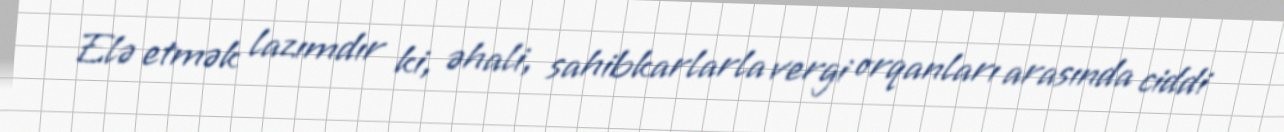
Elə etmək lazımdır ki, əhali, sahibkarlarla vergi orqanları arasında ciddi